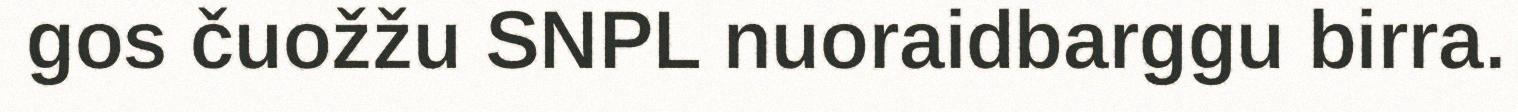
gos čuožžu SNPL nuoraidbarggu birra.